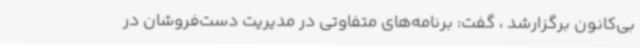
بی‌کانون برگزارشد ، گفت: برنامه‌های متفاوتی در مدیریت دست‌فروشان در